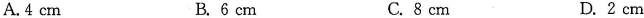
A. 4 cm B. 6 cm C. 8 cm D. 2 cm